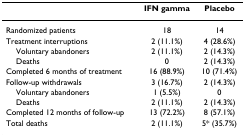
|  | IFN gamma | Placebo |
 | --- | --- | --- |
 | Randomized patients | 18 | 14 |
 | Treatment interruptions | 2 (11.1%) | 4 (28.6%) |
 | Voluntary abandoners | 2 (11.1%) | 2 (14.3%) |
 | Deaths | 0 | 2 (14.3%) |
 | Completed 6 months of treatment | 16 (88.9%) | 10 (71.4%) |
 | Follow-up withdrawals | 3 (16.7%) | 2 (14.3%) |
 | Voluntary abandoners | 1 (5.5%) | 0 |
 | Deaths | 2 (11.1%) | 2 (14.3%) |
 | Completed 12 months of follow-up | 13 (72.2%) | 8 (57.1%) |
 | Total deaths | 2 (11.1%) | 5* (35.7%) |